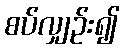
စပ်လျှဉ်း၍